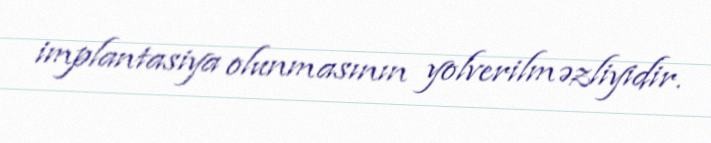
implantasiya olunmasının yolverilməzliyidir.